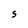
Character: s